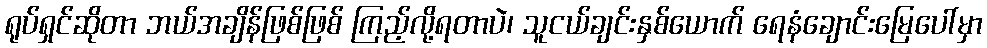
ရုပ်ရှင်ဆိုတာ ဘယ်အချိန်ဖြစ်ဖြစ် ကြည့်လို့ရတာပဲ၊ သူငယ်ချင်းနှစ်ယောက် ရေနံချောင်းမြေပေါ်မှာ